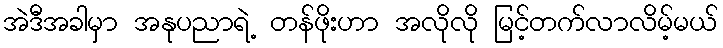
အဲဒီအခါမှာ အနုပညာရဲ့ တန်ဖိုးဟာ အလိုလို မြင့်တက်လာလိမ့်မယ်